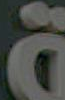
ة